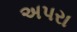
અપરા